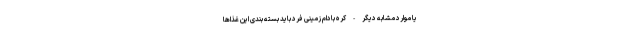
یا موارد مشابه دیگر - کره بادام زمینی فرد باید بسته بندی این غذاها